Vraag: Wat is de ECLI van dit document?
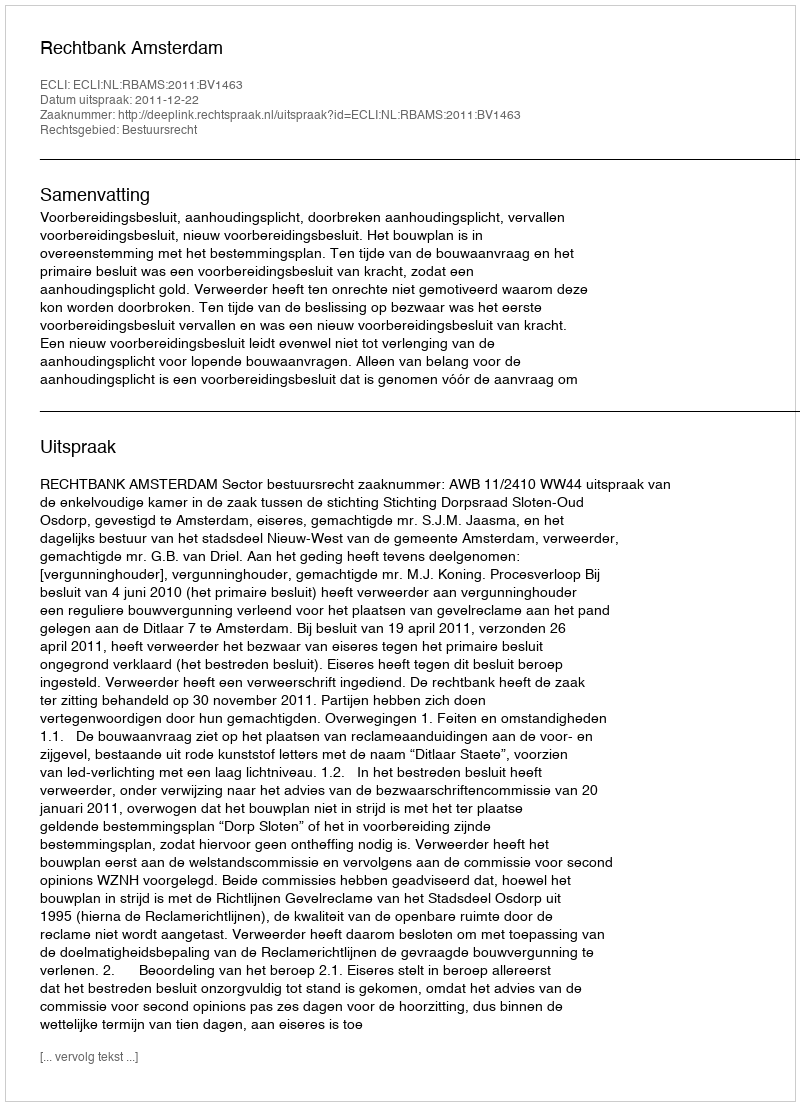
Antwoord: ECLI:NL:RBAMS:2011:BV1463